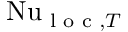
\mathrm { N u } _ { \textrm { l o c } , T }